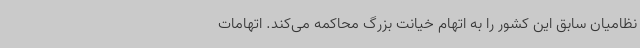
نظامیان سابق این کشور را به اتهام خیانت بزرگ محاکمه می‌کند. اتهامات